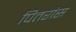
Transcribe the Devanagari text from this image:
पितरांस